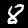
Label: 8